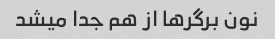
نون برگرها از هم جدا میشد